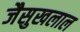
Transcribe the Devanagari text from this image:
जैसुखलाल